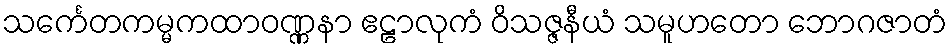
သင်္ကေတကမ္မကထာဝဏ္ဏနာ ဧဠာလုကံ ဝိသဇ္ဇနီယံ သမူဟတော ဘောဂဇာတံ